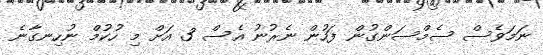
ނަމަވެސް ސެމްސަންގުން ފަހުން ނެރުނު އެސް 3 އަށް މި ހުކުމް ނުހިނގާނެ